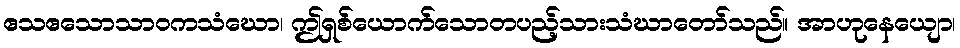
ဧသဧသောသာဝကသံဃော၊ ဤရှစ်ယောက်သောတပည့်သားသံဃာတော်သည်။ အာဟုနေယျော၊